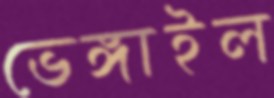
ভেঙ্গাইল